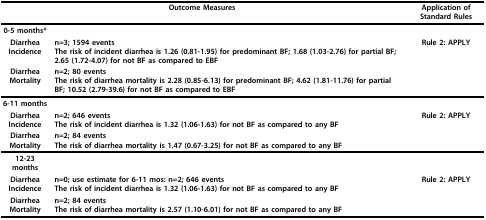
<table><thead><tr><td colspan="2"><b>Outcome Measures</b></td><td><b>Application of Standard Rules</b></td></tr></thead><tbody><tr><td><b>0-5 months*</b></td><td></td><td></td></tr><tr><td><b>Diarrhea Incidence</b></td><td><b>n=3; 1594 events</b>The risk of incident diarrhea is 1.26 (0.81-1.95) for predominant BF; 1.68 (1.03-2.76) for partial BF; 2.65 (1.72-4.07) for not BF as compared to EBF</td><td><b>Rule 2: APPLY</b></td></tr><tr><td><b>Diarrhea Mortality</b></td><td><b>n=2; 80 events</b>The risk of diarrhea mortality is 2.28 (0.85-6.13) for predominant BF; 4.62 (1.81-11.76) for partial BF; 10.52 (2.79-39.6) for not BF as compared to EBF</td><td></td></tr><tr><td><b>6-11 months</b></td><td></td><td></td></tr><tr><td><b>Diarrhea Incidence</b></td><td><b>n=2; 646 events</b>The risk of incident diarrhea is 1.32 (1.06-1.63) for not BF as compared to any BF</td><td><b>Rule 2: APPLY</b></td></tr><tr><td><b>Diarrhea Mortality</b></td><td><b>n=2; 84 events</b>The risk of diarrhea mortality is 1.47 (0.67-3.25) for not BF as compared to any BF</td><td></td></tr><tr><td><b>12-23 months</b></td><td></td><td></td></tr><tr><td><b>Diarrhea Incidence</b></td><td><b>n=0; use estimate for 6-11 mos: n=2; 646 events</b>The risk of incident diarrhea is 1.32 (1.06-1.63) for not BF as compared to any BF</td><td><b>Rule 2: APPLY</b></td></tr><tr><td><b>Diarrhea Mortality</b></td><td><b>n=2; 84 events</b>The risk of diarrhea mortality is 2.57 (1.10-6.01) for not BF as compared to any BF</td><td></td></tr></tbody></table>